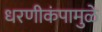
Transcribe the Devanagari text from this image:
धरणीकंपामुळे